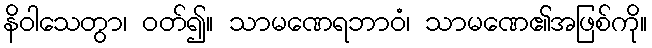
နိဝါသေတွာ၊ ဝတ်၍။ သာမဏေရဘာဝံ၊ သာမဏေ၏အဖြစ်ကို။